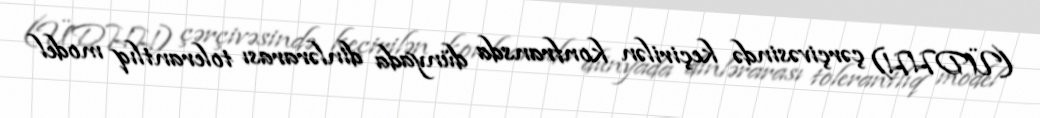
(ÜDHH) çərçivəsində keçirilən konfransda dünyada dinlərarası tolerantlıq model